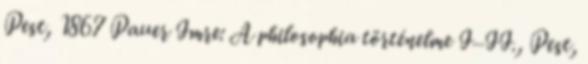
Pest, 1867 Pauer Imre: A philosophia történelme I–II., Pest,